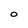
Character: O